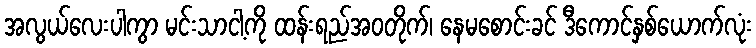
အလွယ်လေးပါကွာ မင်းသာငါ့ကို ထန်းရည်အဝတိုက်၊ နေမစောင်းခင် ဒီကောင်နှစ်ယောက်လုံး